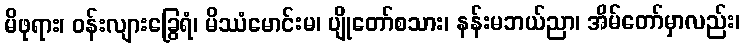
မိဖုရား၊ ဝန်းလျားခြွေရံ၊ မိဿံမောင်းမ၊ ပျိုတော်စသား၊ နန်းမဘယ်ညာ၊ အိမ်တော်မှာလည်း၊